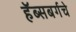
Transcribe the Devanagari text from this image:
हॅब्सबर्गचे